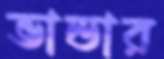
ভান্ডার